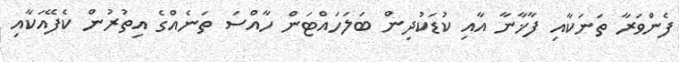
ފެންވަރާ ތަނަކާއި ފާޚާނާ އާއި ކުޑަކުދިން ބަލަހައްޓަން ހާއްސަ ތަނެއްގެ އިތުރުން ކެފޭއަކާއި